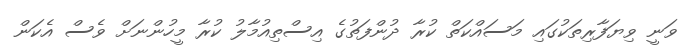
ވަނީ ވިޔަފާރިތަކުގައި މަސައްކަތް ކުރާ ދުންފަތުގެ އިސްތިއުމާލު ކުރާ މީހުންނަށް ވެސް އެކަން